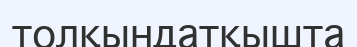
толқындатқышта